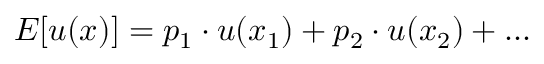
E [ u ( x ) ] = p _ { 1 } \cdot u ( x _ { 1 } ) + p _ { 2 } \cdot u ( x _ { 2 } ) + . . .